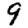
Digit: 9